system: You are a helpful assistant.
user:
Analyze the provided spectrum to determine if it is a **"Cataclysmic Variables (CV)"**.

- **Key Indicators for CV (Check for either state):**
    - **State 1: Quiescent / Low-State (Emission-Dominated)**
        - **(Primary):** Strong and *very broad* Hydrogen Balmer emission lines (e.g., $H\alpha$ at 6563 Å, $H\beta$ at 4861 Å). The 'broadness' (high velocity dispersion, often FWHM > 1000 km/s) is the key diagnostic, indicating a high-velocity accretion disk.
        - **(Secondary):** Broad neutral Helium (He I) emission lines (e.g., 5876 Å, 6678 Å).
        - **(Key Confirmation):** Presence of high-excitation *ionized* Helium (He II) emission at 4686 Å. This is a strong indicator of accretion onto a white dwarf.
        - **(Line Profile):** Emission lines may exhibit a 'double-peaked' profile, which is a classic signature of a rotating accretion disk viewed at high inclination.

    - **State 2: Outburst / High-State (Absorption-Dominated)**
        - **(Primary):** Spectrum is dominated by a bright, blue continuum (looks like a hot star).
        - **(Secondary):** The emission lines from State 1 are weak, absent, or 'filled in', and are replaced by broad, shallow *absorption* lines (primarily Balmer and He I).
        - **(Morphology):** The overall spectrum mimics a hot B/A-type star. The crucial difference is that the absorption lines are significantly broader, shallower, and more 'washed-out' (or 'smeared') than the sharp lines of a normal stellar photosphere, due to high rotational speeds and pressure broadening in the disk.

Think first, call **spectral_visualization_tool** if needed to examine features in detail, then provide your final answer. Your response must adhere to the following strict rules:
1.  **Overall Structure:** Your response must follow the format `<think>...</think> <tool_call>...</tool_call> (if a tool is used) <answer>...</answer>`.
2.  **Tool Usage Constraint:** You may only make **one** tool call per turn.
3.  **Final Answer Format:** In the `<answer>` tag, your conclusion must be inside a `\boxed{}` command (e.g., `\boxed{YES}`), followed by your justification.

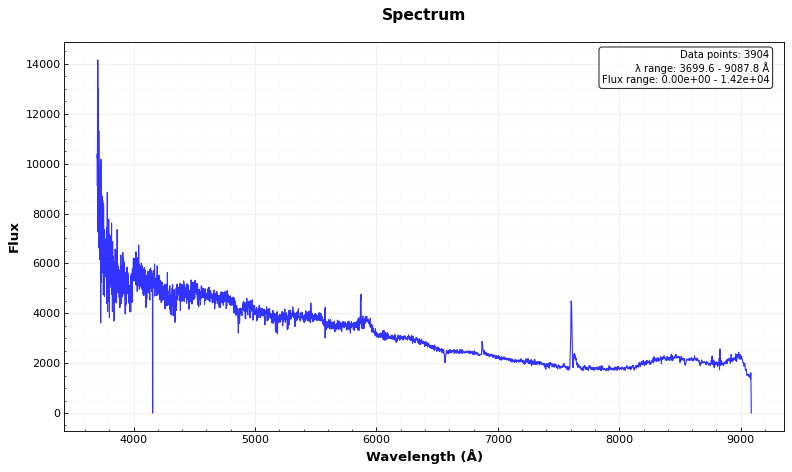
Answer: NO